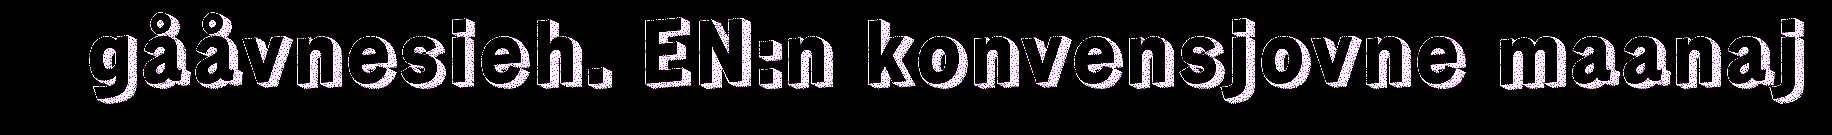
gååvnesieh. EN:n konvensjovne maanaj